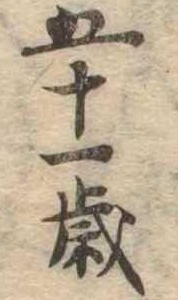
五十一歳